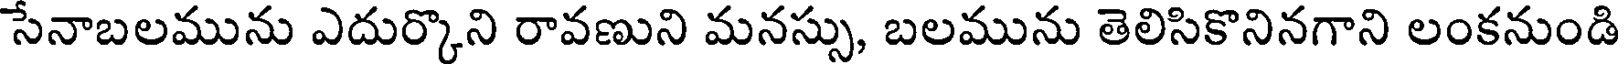
సేనాబలమును ఎదుర్కొని రావణుని మనస్సు, బలమును తెలిసికొనినగాని లంకనుండి